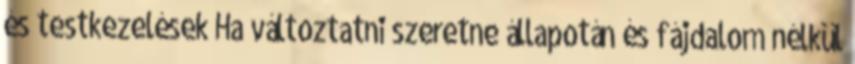
és testkezelések Ha változtatni szeretne állapotán és fájdalom nélkül